Lunatic asylums United Provinces 1909-1921 - 1909-1921
Year: 1909
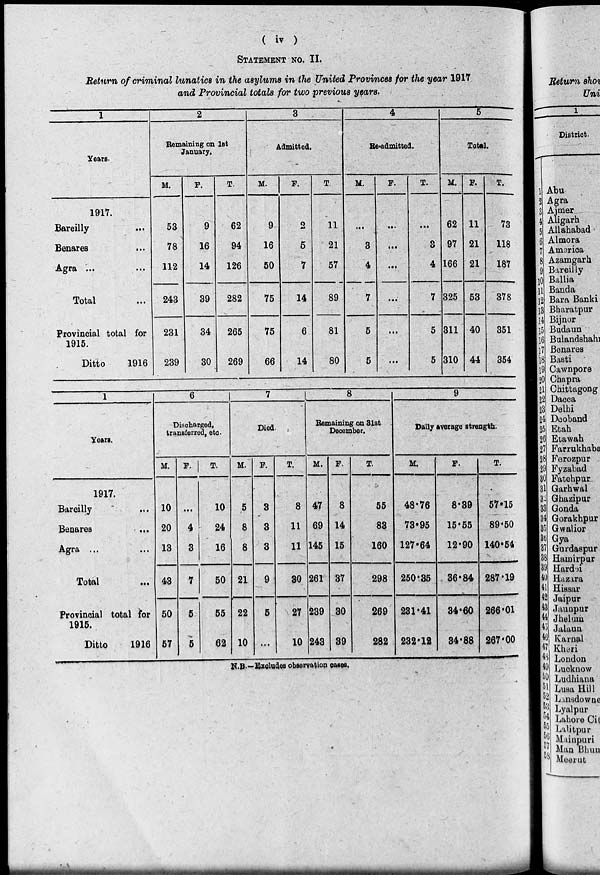
( iv )
STATEMENT NO. II.
Return of criminal lunatics in the asylums in the United Provinces for the year 1917
and Provincial totals for two previous years.
1
Years.
1917.
Bareilly ...
Benares ...
Agra ...
...
Total ...
Provincial total for
1915.
Ditto
1916
2
Remaining on 1st
January.
M.
53
78
112
243
231
239
F.
9
16
14
39
34
30
T.
62
94
126
282
265
269
3
Admitted.
M.
9
16
50
75
75
66
F.
2
5
7
14
6
14
T.
11
21
57
89
81
80
4
Re-admitted.
M.
...
3
4
7
5
5
F.
...
...
...
...
...
...
T.
...
3
4
7
5
5
5
Total.
M.
62
97
166
325
311
310
F.
11
21
21
53
40
44
T.
73
118
187
378
351
354
1
Year.
1917.
Bareilly
...
Benares ...
Agra
...
...
Total ...
Provincial total for
1915.
Ditto
1916
6
Discharged,
transferred, etc.
M.
10
20
13
43
50
57
F.
...
4
3
7
5
5
T.
10
24
16
50
55
62
7
Died.
M.
5
8
8
21
22
10
F.
3
3
3
9
5
...
T.
8
11
11
30
27
10
8
Remaining on 31st
December.
M.
47
69
145
261
239
243
F.
8
14
15
37
30
39
T.
55
83
160
298
269
282
9
Daily average strength.
M.
48.76
73.95
127.64
250.35
231.41
232.12
F.
8.39
15.55
12.90
36.84
34.60
34.88
T.
57.15
89.50
140.54
287.19
266.01
267.00
N. B.-Excluded observation cases.